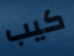
كيب